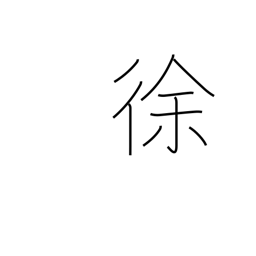
Meaning: deliberately